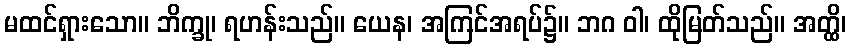
မထင်ရှားသော။ ဘိက္ခု၊ ရဟန်းသည်။ ယေန၊ အကြင်အရပ်၌။ ဘဂ ဝါ၊ ထိုမြတ်သည်။ အတ္ထိ၊